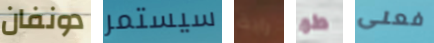
دونفان سيستمر راية طھ فعلى